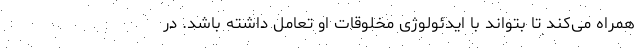
همراه می‌کند تا بتواند با ایدئولوژی مخلوقات او تعامل داشته باشد. در